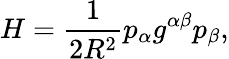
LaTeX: H=\frac{1}{2R^{2}}p_{\alpha}g^{\alpha\beta}p_{\beta},